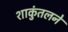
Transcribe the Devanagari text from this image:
शाकुंतलने